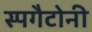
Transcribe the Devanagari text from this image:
स्पगैटोनी